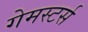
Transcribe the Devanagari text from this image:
गेमस्टर्स